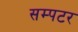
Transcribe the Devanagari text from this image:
सम्पटर